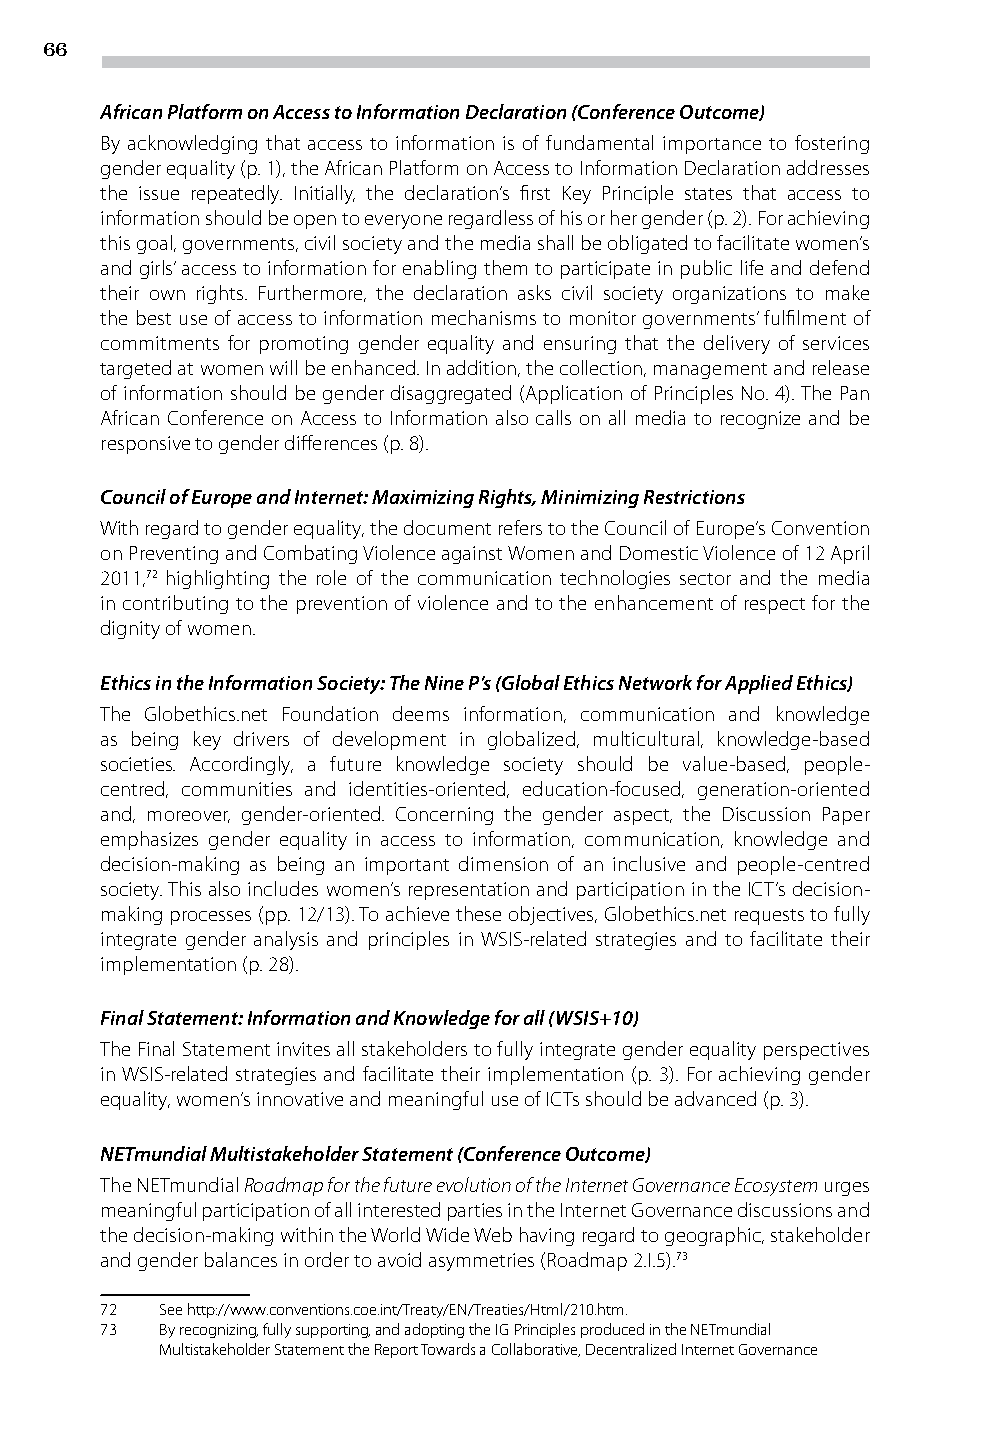
66
 African Platform on Access to Information Declaration (Conference Outcome)
 By acknowledging that access to information is of fundamental importance to fostering
 gender equality (p. 1), the African Platform on Access to Information Declaration addresses
 the issue repeatedly. Initially, the declaration’s first Key Principle states that access to
 information should be open to everyone regardless of his or her gender (p. 2). For achieving
 this goal, governments, civil society and the media shall be obligated to facilitate women’s
 and girls’ access to information for enabling them to participate in public life and defend
 their own rights. Furthermore, the declaration asks civil society organizations to make
 the best use of access to information mechanisms to monitor governments’ fulfilment of
 commitments for promoting gender equality and ensuring that the delivery of services
 targeted at women will be enhanced. In addition, the collection, management and release
 of information should be gender disaggregated (Application of Principles No. 4). The Pan
 African Conference on Access to Information also calls on all media to recognize and be
 responsive to gender differences (p. 8).
 Council of Europe and Internet: Maximizing Rights, Minimizing Restrictions
 With regard to gender equality, the document refers to the Council of Europe’s Convention
 on Preventing and Combating Violence against Women and Domestic Violence of 12 April
 2011,72 highlighting the role of the communication technologies sector and the media
 in contributing to the prevention of violence and to the enhancement of respect for the
 dignity of women.
 Ethics in the Information Society: The Nine P’s (Global Ethics Network for Applied Ethics)
 The Globethics.net Foundation deems information, communication and knowledge
 as being key drivers of development in globalized, multicultural, knowledge-based
 societies. Accordingly, a future knowledge society should be value-based, people-
 centred, communities and identities-oriented, education-focused, generation-oriented
 and, moreover, gender-oriented. Concerning the gender aspect, the Discussion Paper
 emphasizes gender equality in access to information, communication, knowledge and
 decision-making as being an important dimension of an inclusive and people-centred
 society. This also includes women’s representation and participation in the ICT’s decision-
 making processes (pp. 12/13). To achieve these objectives, Globethics.net requests to fully
 integrate gender analysis and principles in WSIS-related strategies and to facilitate their
 implementation (p. 28).
 Final Statement: Information and Knowledge for all (WSIS+10)
 The Final Statement invites all stakeholders to fully integrate gender equality perspectives
 in WSIS-related strategies and facilitate their implementation (p. 3). For achieving gender
 equality, women’s innovative and meaningful use of ICTs should be advanced (p. 3).
 NETmundial Multistakeholder Statement (Conference Outcome)
 The NETmundial Roadmap for the future evolution of the Internet Governance Ecosystem urges
 meaningful participation of all interested parties in the Internet Governance discussions and
 the decision-making within the World Wide Web having regard to geographic, stakeholder
 and gender balances in order to avoid asymmetries (Roadmap 2.I.5).73
 72  See http://www.conventions.coe.int/Treaty/EN/Treaties/Html/210.htm.
 73  By recognizing, fully supporting, and adopting the IG Principles produced in the NETmundial
 Multistakeholder Statement the Report Towards a Collaborative, Decentralized Internet Governance